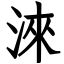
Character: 淶